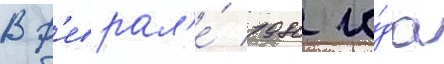
В ф'еврал'е́ 1980 го́да